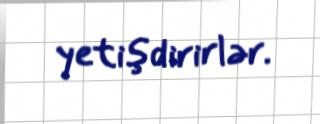
yetişdirirlər.